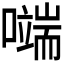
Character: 𭋬